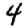
Digit: 4